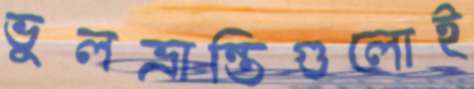
ভুলভ্রান্তিগুলোই